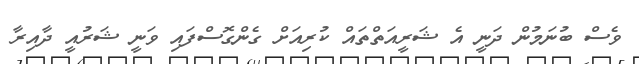
ވެސް ބުނަމުން ދަނީ އެ ޝަރީއަތްތައް ކުރިއަށް ގެންގޮސްފައި ވަނީ ޝަރުއީ ދާއިރާ